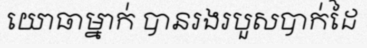
យោធាម្នាក់ បានរងរបួសបាក់ដៃ